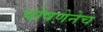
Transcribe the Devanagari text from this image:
घोषणेनेच